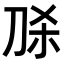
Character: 𭃛